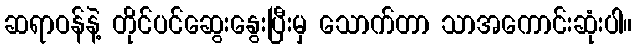
ဆရာဝန်နဲ့ တိုင်ပင်ဆွေးနွေးပြီးမှ သောက်တာ သာအကောင်းဆုံးပါ။